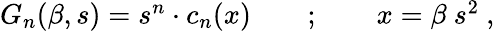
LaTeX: \begin{array}{r}{G_{n}(\beta,s)=s^{n}\cdot c_{n}(x)\qquad;\qquad x=\beta\ s^{2}\ ,}\end{array}